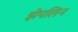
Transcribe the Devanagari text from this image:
झेपलिन